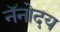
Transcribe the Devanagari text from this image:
नॅनोदय